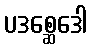
ပဒစ္ဆေဒေါ